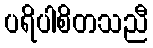
ပရိပါစိတသညီ